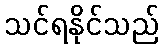
သင်ရနိုင်သည်